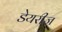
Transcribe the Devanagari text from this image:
डेयरीज